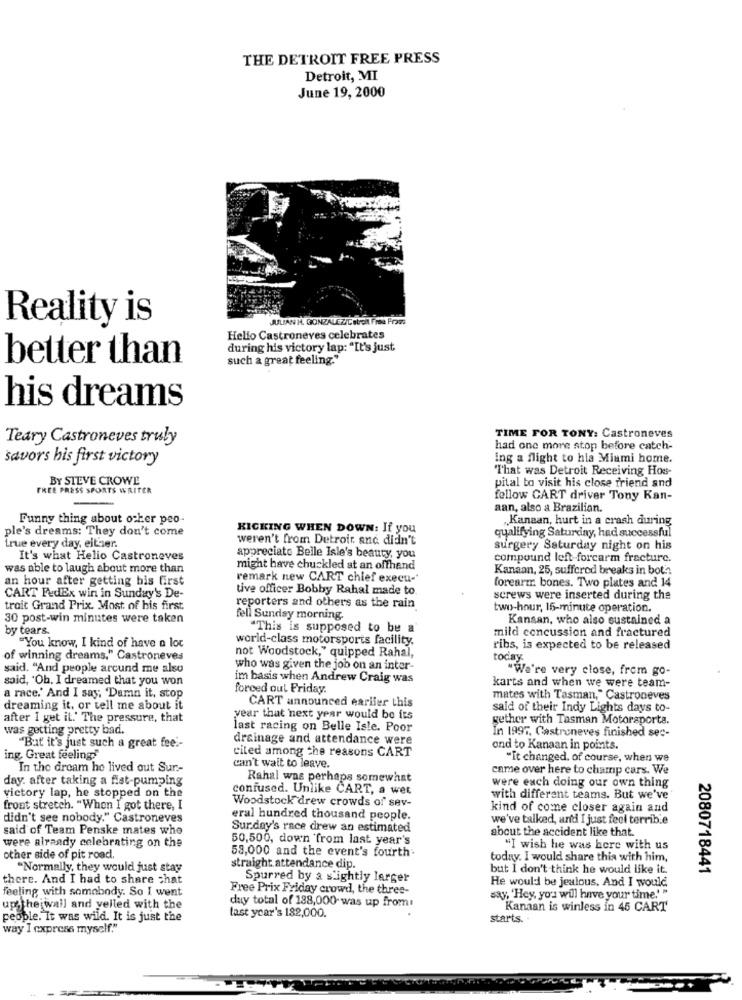
THE DETROIT FREE PRESS
Detroit, MI
June 19, 2000
Reality is
JULIAN H. GONZALEZ/C BUCA FRON ProTs
Hello Castroneves celebrates
during his victory lap: "It's just.
better than
such a great feeling."
his dreams
Teary Castroneves truly
TIME FOR TONY: Castroneves
had one more stop before catch-
savors his first victory
ing a flight to hla Miami home.
"That was Detroit Receiving Hos-
BY STEVE CROWE
pital to visit his close friend and
FREE PRESS SPORTS WRITER
fellow CART driver Tony Kan-
aan, also a Brazilian.
Funny thing about ocher peo-
Kanaan, hurt in a crash during
ple's dreams: They don't come
KICKING WHEN DOWN: If you
qualifying Saturday, had successful
weren't from Detroit and didn't
true every day, either.
surgery Saturday night on his
It's what Helio Castroneves
appreciate Belle Isle's beauty, you
compound left-forcarm fracture.
was able to laugh about more than
might have chuckled at an offhand
Kanaan, 25, suffered breaks in both
an hour after getting his first
remark new CART chief execu-
tive officer Bobby Rahal made to
forearm bones. Two plates and 14
CART FedEx win in Sunday's De-
screws were inserted during the
trait Grand Prix. Most of his first.
reporters and others as the rain
two-hour, 15-minute operation.
30 post-win minutes were taken
fell Sunday morning
Kansan, who also sustained a
by tears.
"This is supposed to be a
mild concussion and fractured
world-class motorsports facility.
"You know, I kind of have a loc
not Woodstock," quipped Rahal,
ribs, is expected to be released
of winning dreams." Castroneves
today.
said. "And people arcund me also
who was given the job on an inter-
"We're very close, from go-
said, 'Oh. I dreamed that you won
im basis when Andrew Craig was
karts and when we were team-
forced oul Friday.
a race.' And I say, 'Damn it, stop
CART announced earlier this
mates with Tasman," Castroneves
dreaming it, or tell me about it
said of their Indy Lights days to-
after I get it.' The pressure, that
year that 'next year would be its
gether with Tasman Motorsporta.
was getting pretty bad.
last racing on Belle Isle. Poor
In 1997, Castroneves finished sec-
drainage and attendance were
"But it's just such a great fee'-
cited among the reasons CART
ond to Kanaan in points.
ing. Great feelings
"It changed. of course, when we
In the dream he lived out Sur-
can't wait to leave.
came over here to champ cars. We
day. after taking a flat-pumping
Rahal was perhaps somewhat
victory lap, he stopped on the
confused. Unlike CART, a wet
were euch doing our own thing
Woodstock drew crowds of sev-
with different teams. But we've
front stretch. "When I got there, I
kind of come closer again and
didn't see nobody." Castroneves
eral hundred thousand people.
we've talked, anti I just feel terrible
said of Team Penske mates who
Sur.day's race drew an estimated
about the accident like that.
were already celebrating on the
50,500, down from last year's
58,000 and the event's fourth;
"I wish he was here with us
other side of pit road.
today. I would share this with him,
"Normally, they would just stay
straight attendance dip.
but I don't think he would like it.
2080718441
there. And I had to share chat
Spurred by a slightly larger
He would be jealous. And I would
feeling with somebody. So I went
Free Prix Friday crowd, the three-
duy total of 188,000 was up from:
say, 'Hey, you will have your time." "
upthe wall and yelled with the
Kanaan is winless in 45 CART
people. It was wild. It is just the
last year's 182,000.
starts. .
way I express myself."